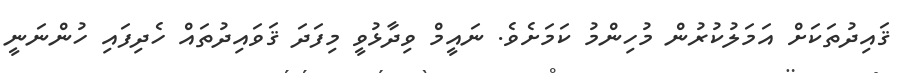
ޤައިދުތަކަށް އަމަލުކުރުން މުހިންމު ކަމަށެވެ. ނައީމް ވިދާޅުވީ މިފަދަ ޤަވައިދުތައް ހެދިފައި ހުންނަނީ